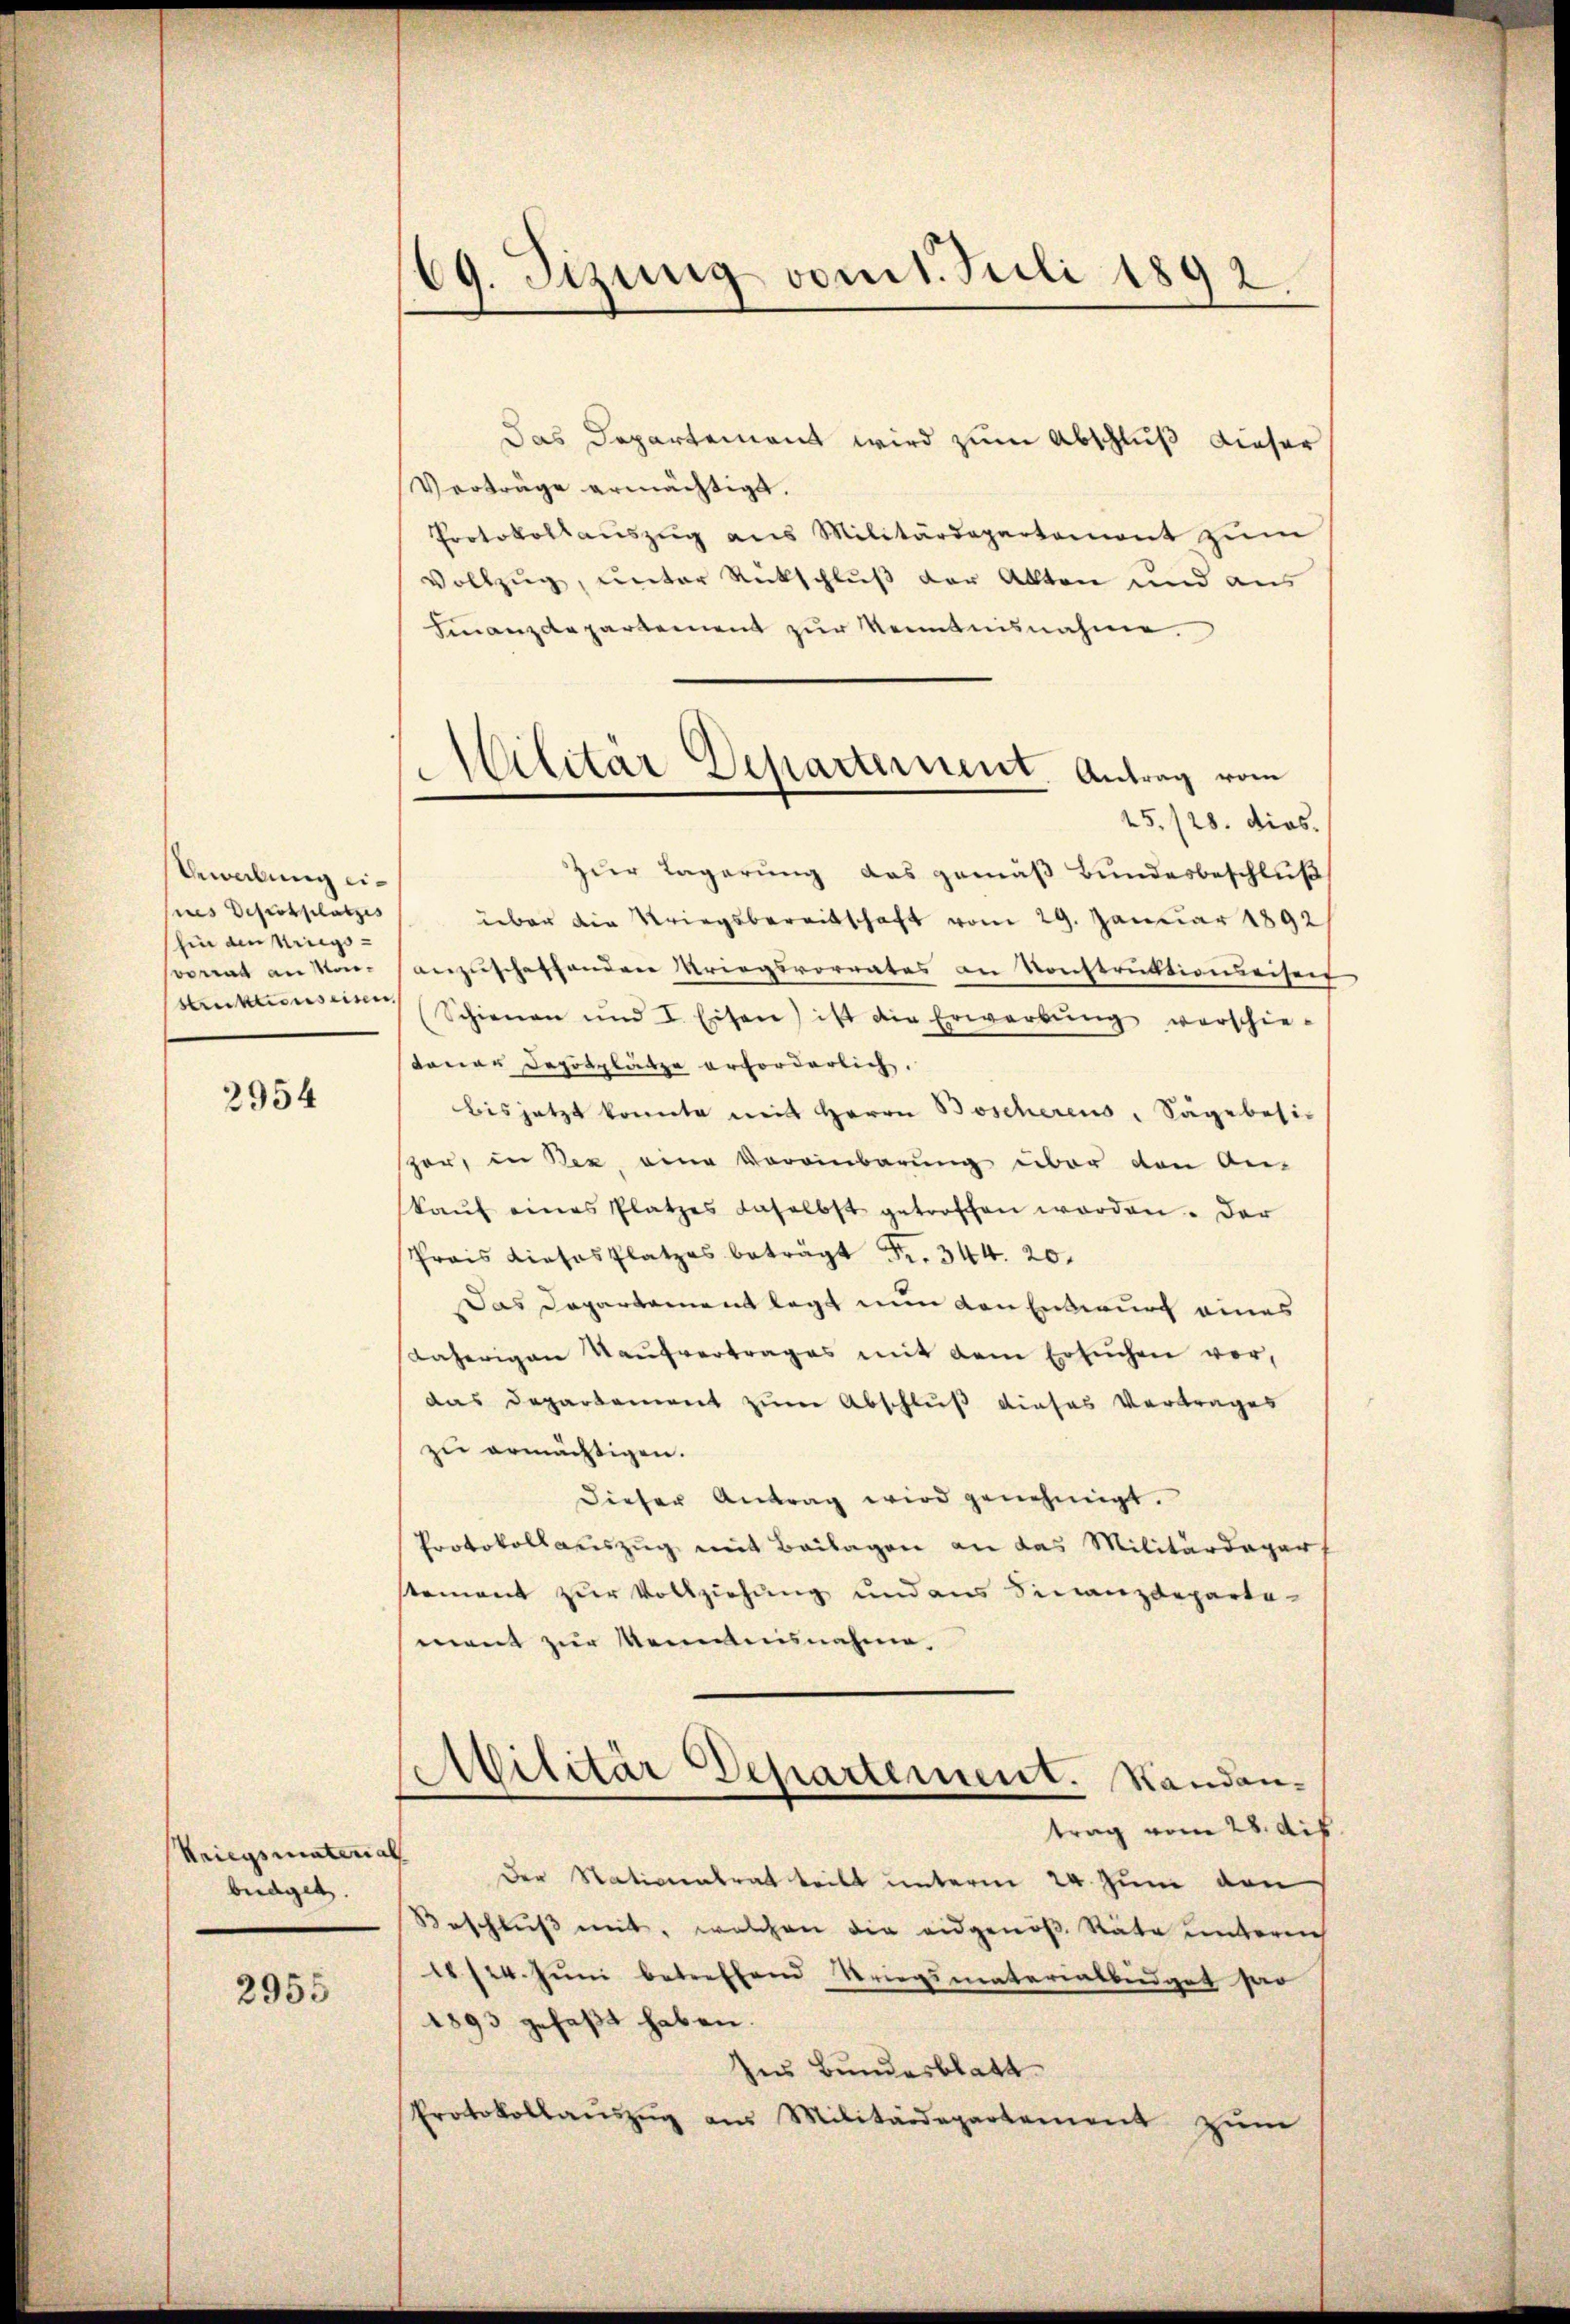
Bewerbung eiius Defrostplatzes
hin den Kriegssvorrat an Mon¬
Struktions einen

2954

Kriegsmaterial
büdget.

2955

69. Sizung vom 1. Juli 1892.

Militär Departement. Antrag vom

Das Departement wird zum Abschluß dieser
Verträge ermächtigt.
Protokollaŭszŭg aŭs Militärdepartemont zŭm
Vollzug, unter Rückschluß der Akten und aus
Finanzdepartement zur Kenntnisnahme.
45. 128. dies
Zur Lagerung das gemäß Bundesbeschluß
über die Kriegsbereitschaft vom 29. Januar 1892
anzuscheffenden Kriegsvorrates an Konstruktionseiseis
(Schienen und I. Eisen) ist die Erwarbŭng verschie-
taner Depotplätze erforderlich.
bis jetzt konnte mit Herrn Boscherens, Sägebesit
zor, in Bex eine Voreinbarung über den An-
kaŭf eines Platzes daselbst getroffen worden. Der
Prois dieses Platzes beträgt Fr. 344. 20.
Das Departement legt nun den Entwurf eines
daherigen Kaŭfvertrages mit dem Ersuchen vor,
das Departement zum Abschluß dieses Vertrages
zu ermächtigen.
dieser Antrag wird genehmigt.
Protokollauszug mit Beilagen an das Militärdepar
stement zur Vollziehung und aus Finanzdepartement zur Kenntnisnahme.
Militär Departement. Standan-
trag vom 28. des
Der Nationentrat teilt unterm 24. Juni den
Beschluß mit, welchen die eidgenoß Räte unterech
18/24. Juni betreffend Striegsmaterialbüdget so
1893 gefaßt haben.
Ins Bundesblatt
Protokollaŭszŭg ans Militärdepartement zum